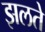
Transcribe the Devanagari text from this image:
झलते